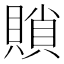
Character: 䞆